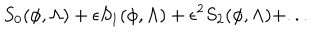
LaTeX: S _ { 0 } ( \phi , \Lambda ) + \epsilon S _ { 1 } ( \phi , \Lambda ) + \epsilon ^ { 2 } S _ { 2 } ( \phi , \Lambda ) + . . .